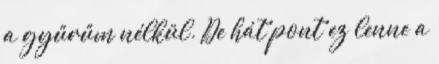
a gyűrűm nélkül. De hát pont ez lenne a